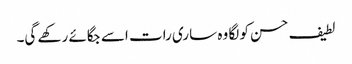
لطیف حسن کو لگا وہ ساری رات اسے جگائے رکھے گی۔